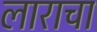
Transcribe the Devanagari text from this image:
लाराचा